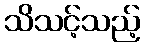
သိသင့်သည့်